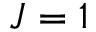
J = 1